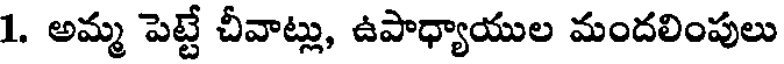
1. అమ్మ పెట్టే చీవాట్లు, ఉపాధ్యాయుల మందలింపులు